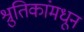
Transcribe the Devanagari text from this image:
श्रुतिकांमधून